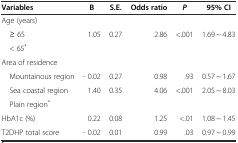
<table><thead><tr><td><b>Variables</b></td><td><b>B</b></td><td><b>S.E.</b></td><td><b>Odds ratio</b></td><td><b><i>P</i></b></td><td><b>95% CI</b></td></tr></thead><tbody><tr><td>Age (years)</td><td></td><td></td><td></td><td></td><td></td></tr><tr><td> ≥ 65</td><td>1.05</td><td>0.27</td><td>2.86</td><td>&lt;.001</td><td>1.69 ~ 4.83</td></tr><tr><td> &lt; 65<sup>*</sup></td><td></td><td></td><td></td><td></td><td></td></tr><tr><td>Area of residence</td><td></td><td></td><td></td><td></td><td></td></tr><tr><td> Mountainous region</td><td>- 0.02</td><td>0.27</td><td>0.98</td><td>.93</td><td>0.57 ~ 1.67</td></tr><tr><td> Sea coastal region</td><td>1.40</td><td>0.35</td><td>4.06</td><td>&lt;.001</td><td>2.05 ~ 8.03</td></tr><tr><td> Plain region<sup>*</sup></td><td></td><td></td><td></td><td></td><td></td></tr><tr><td>HbA1c (%)</td><td>0.22</td><td>0.08</td><td>1.25</td><td>&lt;.01</td><td>1.08 ~ 1.45</td></tr><tr><td>T2DHP total score</td><td>- 0.02</td><td>0.01</td><td>0.99</td><td>.03</td><td>0.97 ~ 0.99</td></tr></tbody></table>